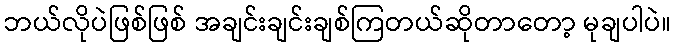
ဘယ်လိုပဲဖြစ်ဖြစ် အချင်းချင်းချစ်ကြတယ်ဆိုတာတော့ မုချပါပဲ။